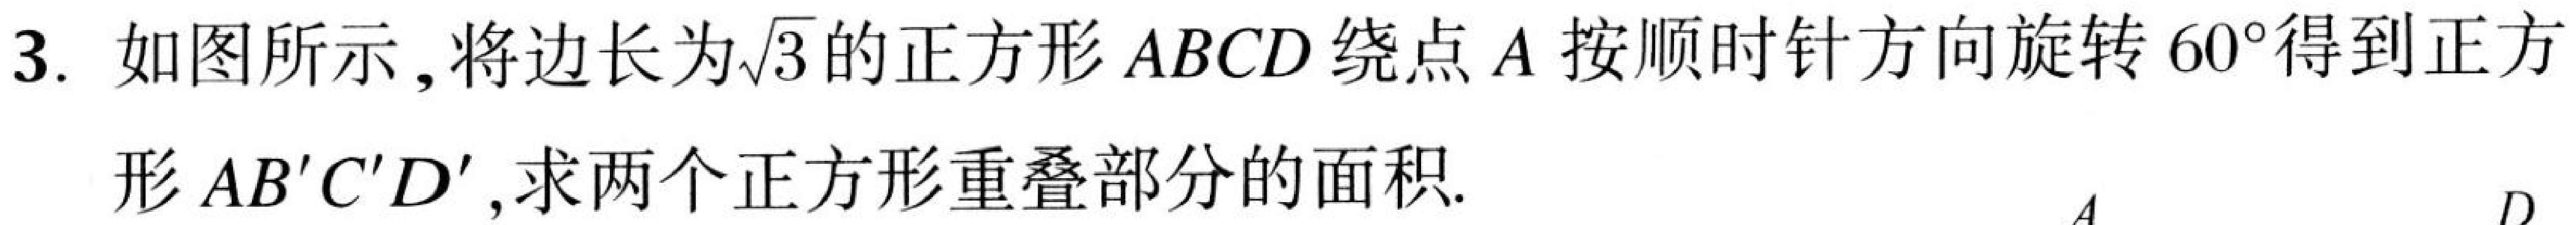
3. 如图所示，将边长为\(\sqrt{3}\)的正方形 \(ABCD\) 绕点 \(A\) 按顺时针方向旋转 \(60^{\circ}\)得到正方形 \(AB'C'D'\)，求两个正方形重叠部分的面积.